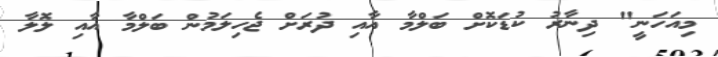
މިއަހަނީ" ދިނާރު ކުޑަކޮށް ބަލްމާ އާއި ދުރަށް ޖެހިލަމުން ބަލްމާ އާއި ލޮލާ